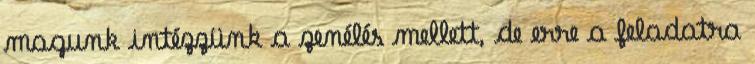
magunk intézzünk a zenélés mellett, de erre a feladatra